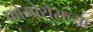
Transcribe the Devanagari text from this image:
कोमोरोसच्या